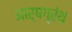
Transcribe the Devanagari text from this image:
आर्षग्रंथ